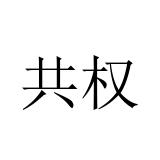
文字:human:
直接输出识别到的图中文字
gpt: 共权